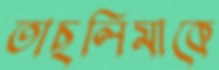
তাছলিমাকে